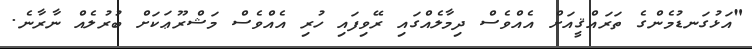
"އަޅުގަނޑުމެންގެ ތަރައްޤީއަށް އެއްވެސް ދިމާލެއްގައި ރޭވިފައި ހުރި އެއްވެސް މަޝްރޫޢަކަށް ބުރުލެއް ނާރާނެ.